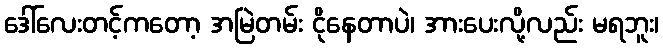
ဒေါ်လေးတင့်ကတော့ အမြဲတမ်း ငိုနေတာပဲ၊ အားပေးလို့လည်း မရဘူး၊